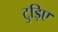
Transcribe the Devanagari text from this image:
टुड़िए